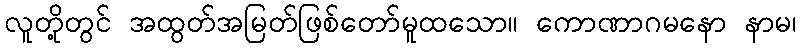
လူတို့တွင် အထွတ်အမြတ်ဖြစ်တော်မူထသော။ ကောဏာဂမနော နာမ၊